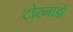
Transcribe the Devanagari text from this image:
टोरनाडो